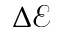
\Delta \mathcal { E }